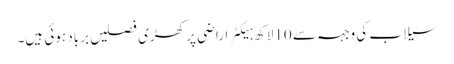
سیلاب کی وجہہ سے 10لاکھ ہیکٹر اراضی پر کھڑی فصلیں برباد ہوئی ہیں۔